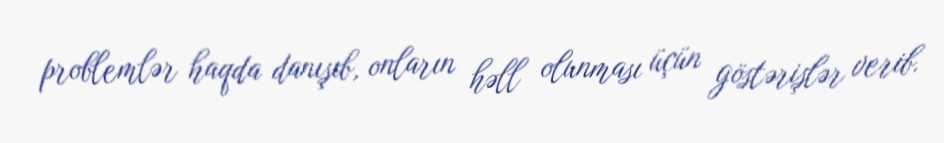
problemlər haqda danışıb, onların həll olunması üçün göstərişlər verib.